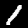
Label: 1